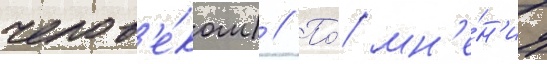
челов'е́ком) // По́ мн'е́н'иу